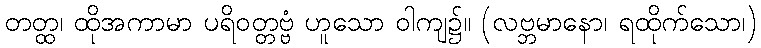
တတ္ထ၊ ထိုအကာမာ ပရိဝတ္တဗ္ဗံ ဟူသော ဝါကျ၌။ (လဗ္ဘမာနော၊ ရထိုက်သော၊)